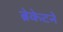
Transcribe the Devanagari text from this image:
ब्रेकेटने